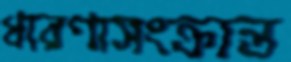
ধারণাসংক্রান্ত